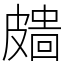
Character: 𥀖